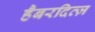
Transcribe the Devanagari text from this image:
हैबरदित्ज़